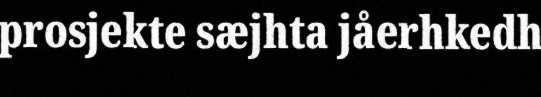
prosjekte sæjhta jåerhkedh